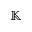
\mathbb { K }